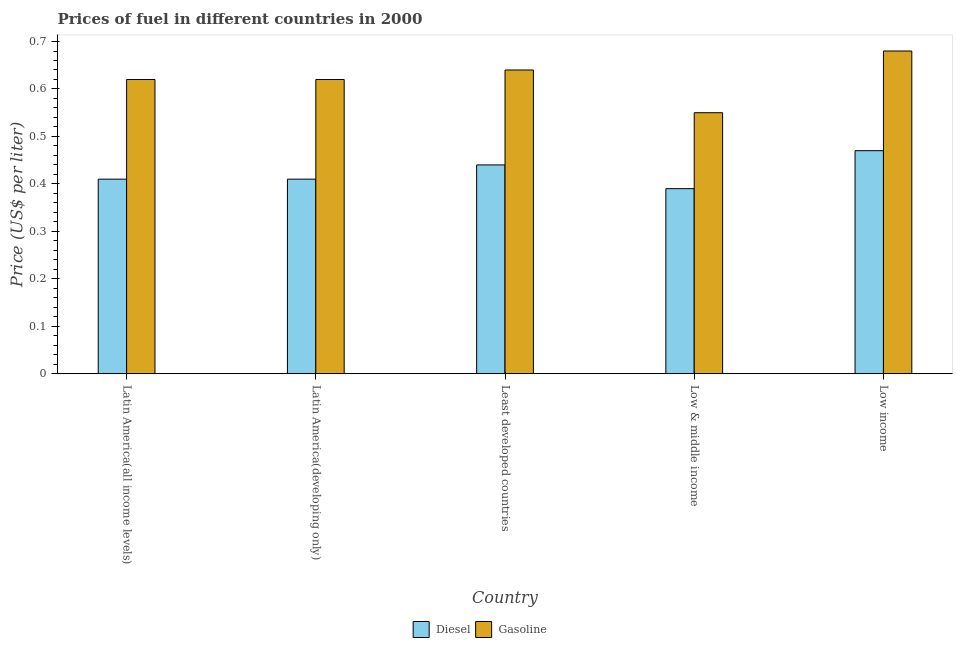
| Country | Diesel | Gasoline |
 | --- | --- | --- |
 | Latin America(all income levels) | 0.41 | 0.62 |
 | Latin America(developing only) | 0.41 | 0.62 |
 | Least developed countries | 0.44 | 0.64 |
 | Low & middle income | 0.39 | 0.55 |
 | Low income | 0.47 | 0.68 |